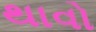
થાવો